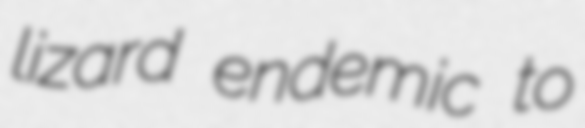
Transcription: lizard endemic to